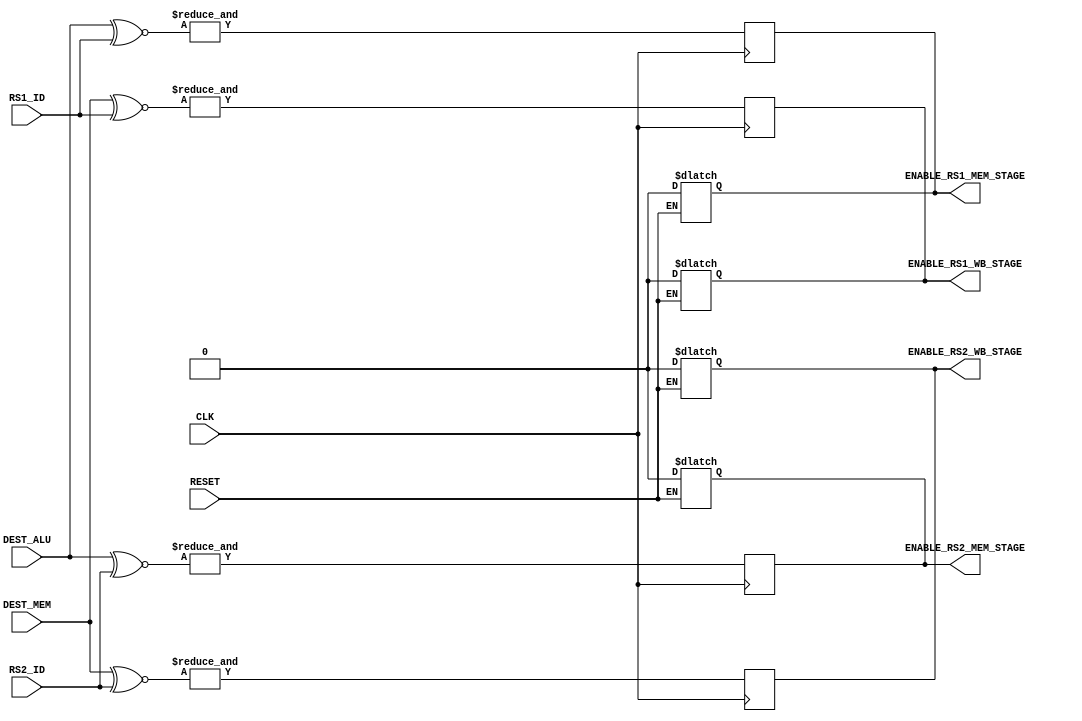
module Alu_hazard_unit (
    input CLK,
    input RESET,
    input [4:0] DEST_MEM,
    input [4:0] DEST_ALU,
    input [4:0] RS1_ID, 
    input [4:0] RS2_ID, 
    output reg ENABLE_RS1_MEM_STAGE, 
    output reg ENABLE_RS2_MEM_STAGE, 
    output reg ENABLE_RS1_WB_STAGE, 
    output reg ENABLE_RS2_WB_STAGE
);

wire [4:0] ALU_RS1_XNOR,ALU_RS2_XNOR,MEM_RS1_XNOR,MEM_RS2_XNOR;
wire ALU_RS1_COMPARING,ALU_RS2_COMPARING,MEM_RS1_COMPARING,MEM_RS2_COMPARING;

assign #1 ALU_RS1_XNOR=(DEST_ALU~^RS1_ID);
assign #1 ALU_RS2_XNOR=(DEST_ALU~^RS2_ID);

assign #1 MEM_RS1_XNOR=(DEST_MEM~^RS1_ID);
assign #1 MEM_RS2_XNOR=(DEST_MEM~^RS2_ID);

assign #1 ALU_RS1_COMPARING= (&ALU_RS1_XNOR);
assign #1 ALU_RS2_COMPARING= (&ALU_RS2_XNOR);

assign #1 MEM_RS1_COMPARING= (&MEM_RS1_XNOR);
assign #1 MEM_RS2_COMPARING= (&MEM_RS2_XNOR);


always @(posedge CLK) begin
    #1
    ENABLE_RS1_MEM_STAGE=ALU_RS1_COMPARING;
    ENABLE_RS2_MEM_STAGE=ALU_RS2_COMPARING;

    ENABLE_RS1_WB_STAGE=MEM_RS1_COMPARING;
    ENABLE_RS2_WB_STAGE=MEM_RS2_COMPARING;
end

always @(RESET) begin
	if(RESET==1'b1) begin
        #1
        ENABLE_RS1_MEM_STAGE=1'b0;
        ENABLE_RS2_MEM_STAGE=1'b0;
        ENABLE_RS1_WB_STAGE=1'b0;
        ENABLE_RS2_WB_STAGE=1'b0;	                        
	end
end

    
endmodule